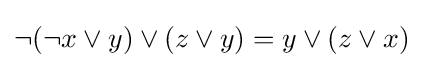
\neg ({\neg x}\lor y)\lor (z\lor y)=y\lor (z\lor x)